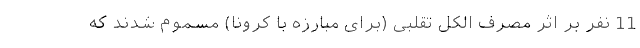
11 نفر بر اثر مصرف الکل تقلبی (برای مبارزه با کرونا) مسموم شدند که